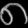
Digit: ၈